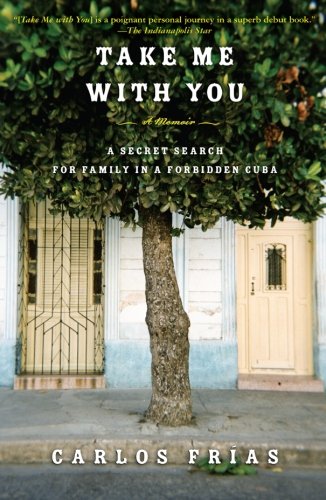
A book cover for Take Me with You: A Secret Search for Family in a Forbidden Cuba; Carlos Frias; Biographies & Memoirs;